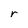
Character: r